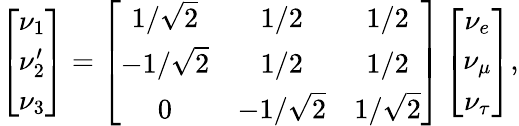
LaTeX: \left[\begin{array}{c}{{\nu_{1}}}\\ {{\nu_{2}^{\prime}}}\\ {{\nu_{3}}}\end{array}\right]=\left[\begin{array}{ccc}{{1/\sqrt 2}}&{{1/2}}&{{1/2}}\\ {{-1/\sqrt 2}}&{{1/2}}&{{1/2}}\\ {{0}}&{{-1/\sqrt 2}}&{{1/\sqrt 2}}\end{array}\right]\left[\begin{array}{c}{{\nu_{e}}}\\ {{\nu_{\mu}}}\\ {{\nu_{\tau}}}\end{array}\right],